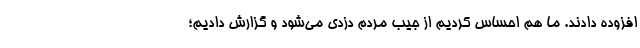
افزوده دادند. ما هم احساس کردیم از جیب مردم دزدی می‌شود و گزارش دادیم؛